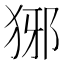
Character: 𤞡